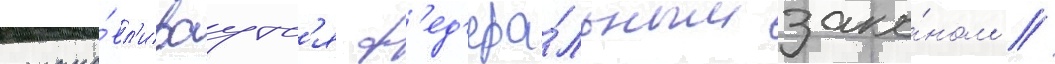
устана́вл'иваутс'я ф'ед'ера́льным зако́ном //